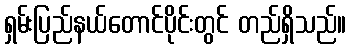
ရှမ်းပြည်နယ်တောင်ပိုင်းတွင် တည်ရှိသည်။